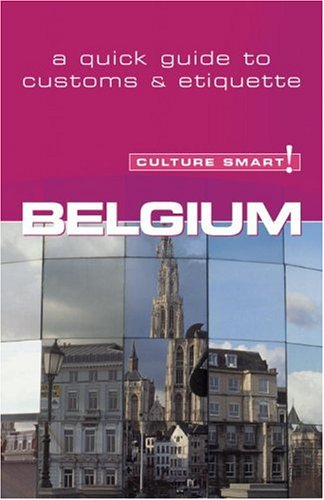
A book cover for Belgium - Culture Smart!: a quick guide to customs & etiquette; Mandy Macdonald; Travel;